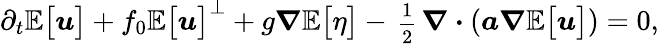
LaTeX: \partial_{t}\mathbb{E}\big[\boldsymbol{u}\big]+f_{0}\mathbb{E}\big[\boldsymbol{u}\big]^{\perp}+g\boldsymbol{\nabla}\mathbb{E}\big[\eta\big]-\mathrm{\scriptsize~\frac{1}{2}~}\boldsymbol{\nabla}\boldsymbol{\cdot}(\boldsymbol{a}\boldsymbol{\nabla}\mathbb{E}\big[\boldsymbol{u}\big])=0,